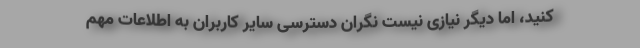
کنید، اما دیگر نیازی نیست نگران دسترسی سایر کاربران به اطلاعات مهم